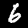
Digit: 6